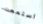
استمعت